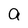
Character: a